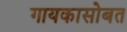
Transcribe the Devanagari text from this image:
गायकासोबत